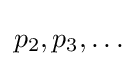
p_{2},p_{3},\ldots